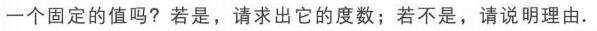
一个固定的值吗？若是，请求出它的度数；若不是，请说明理由.